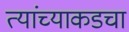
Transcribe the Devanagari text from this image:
त्यांच्याकडचा